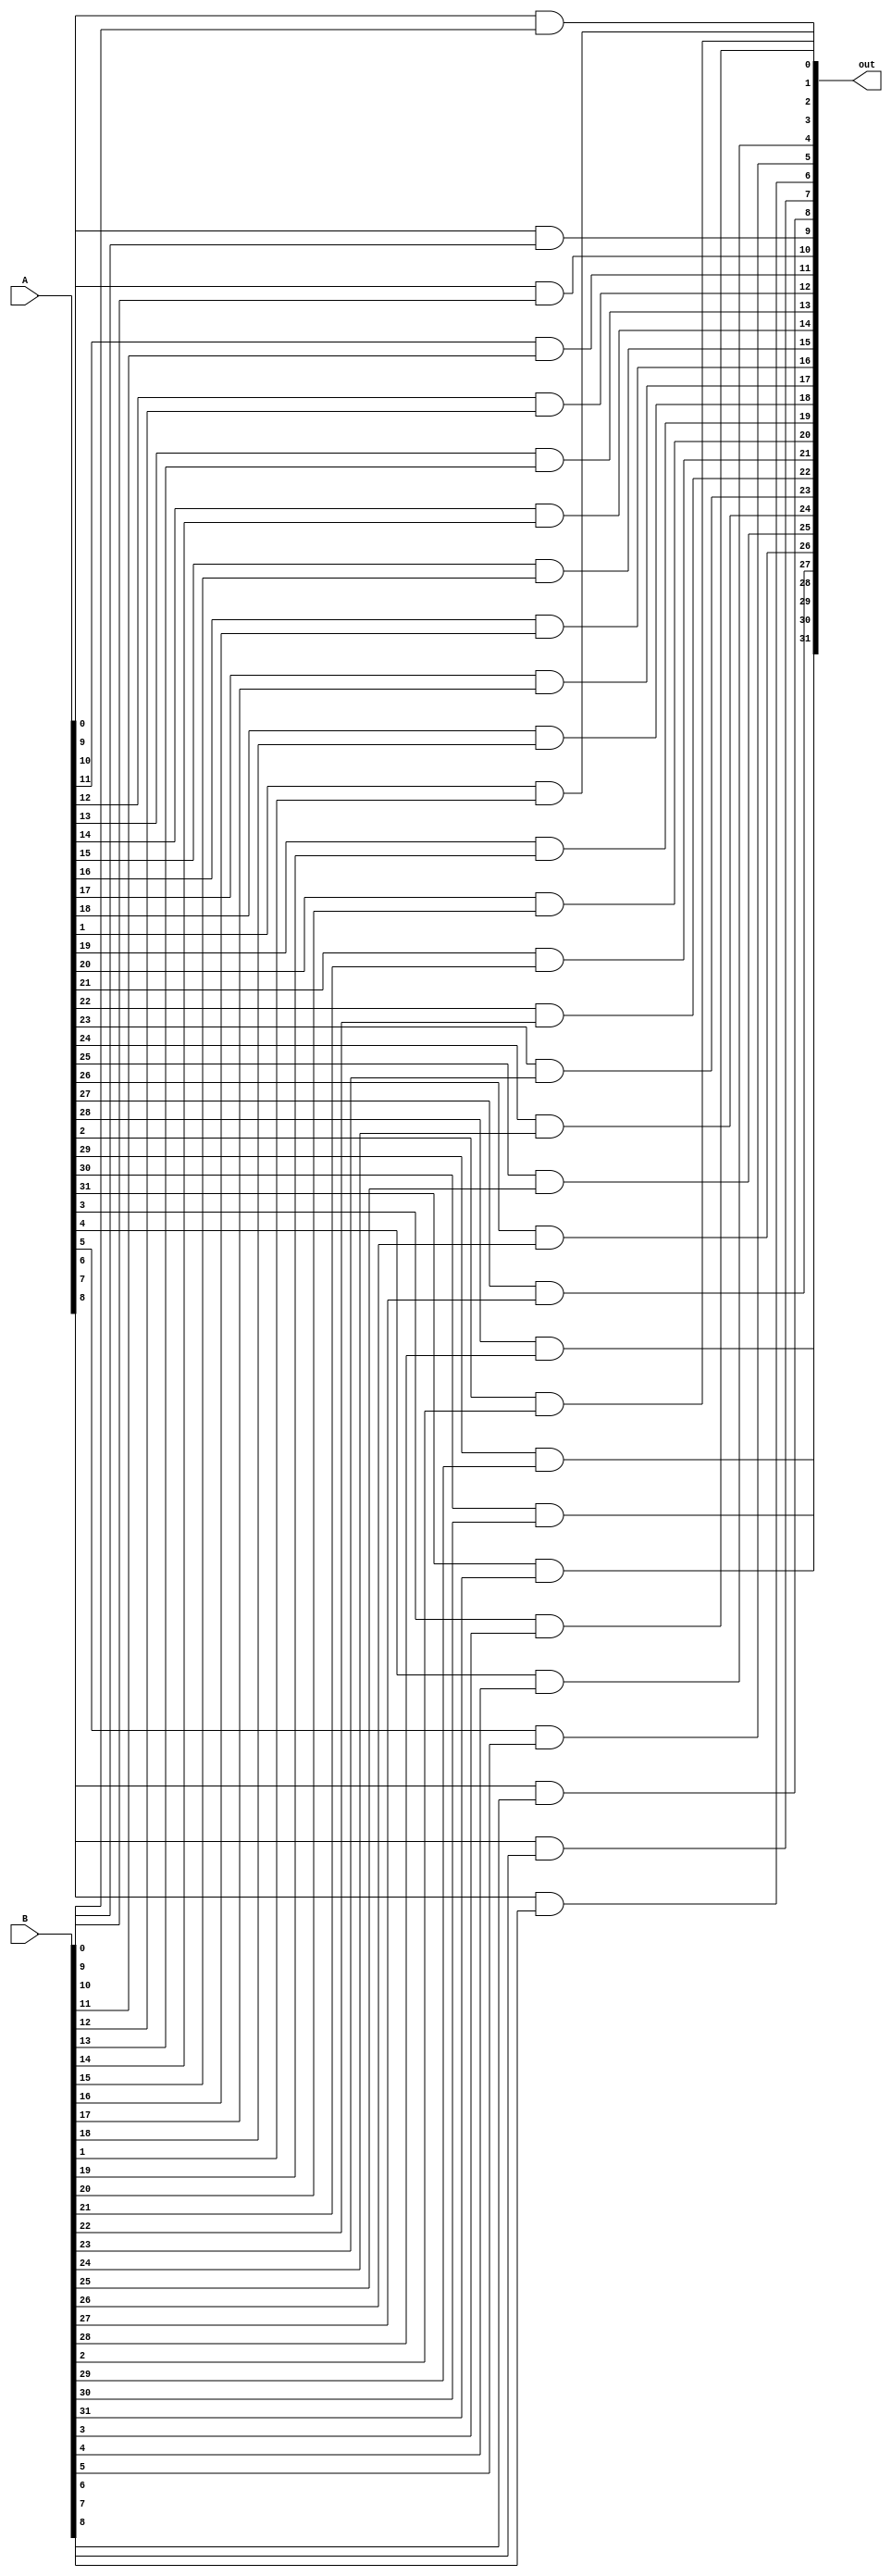
module ander(out,A,B);
	input [31:0] A, B;
	output [31:0] out;
	
	genvar i;
	generate
		for(i=0;i<32;i=i+1) begin: loopAND
			and andi(out[i], A[i], B[i]);
		end
	endgenerate
	
endmodule